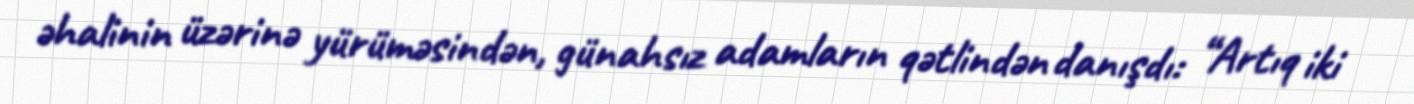
əhalinin üzərinə yürüməsindən, günahsız adamların qətlindən danışdı: “Artıq iki